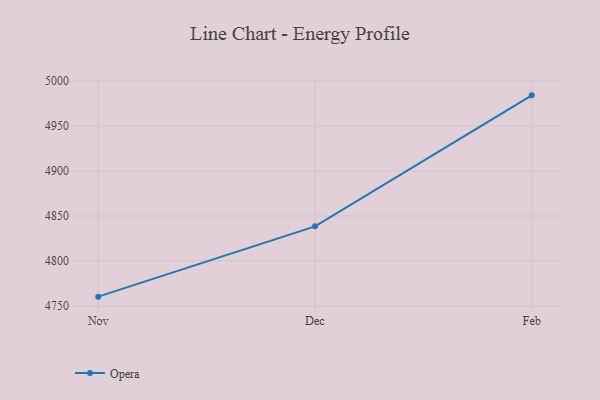
{"axis": {"x": "Month", "y": "Production Output"}, "legend": ["Opera"], "data": [{"x": "Nov", "y": 4760.4, "type": "Opera"}, {"x": "Dec", "y": 4838.5, "type": "Opera"}, {"x": "Feb", "y": 4984.1, "type": "Opera"}]}